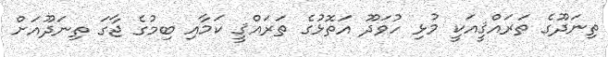
ތިނަދޫގެ ތަރައްޤީއަކީ މުޅި ހުވަދޫ އަތޮޅުގެ ތަރައްޤީ ކަމާއި ބިމުގެ ޖާގަ ތިނަދޫއަށް